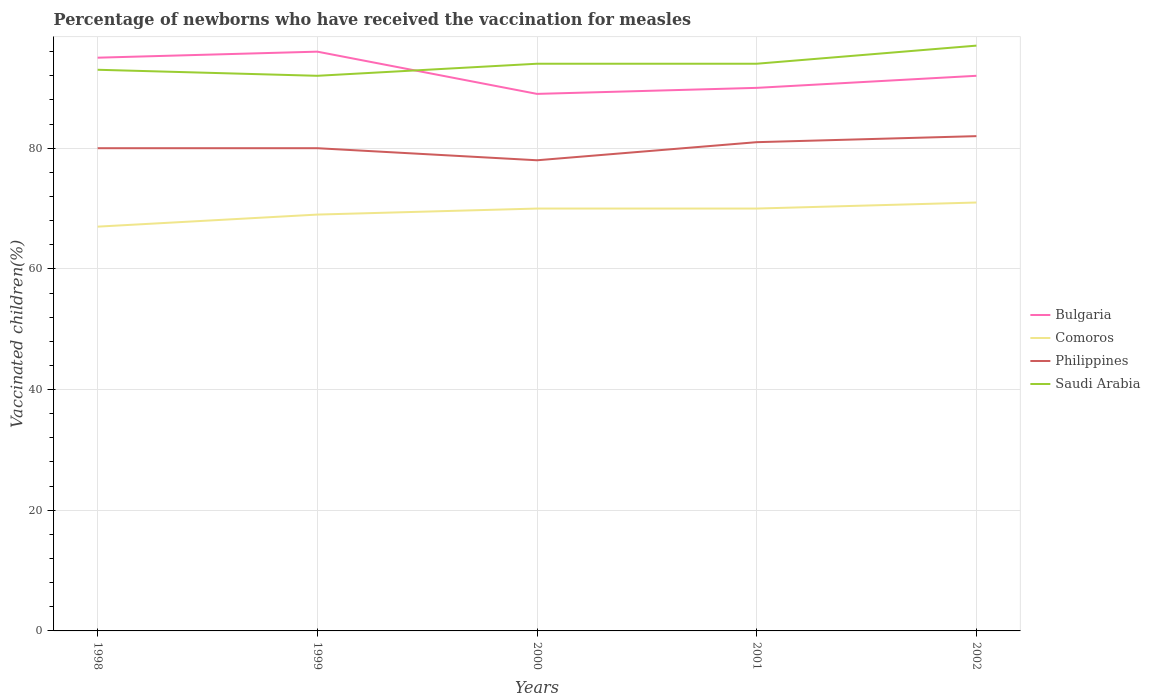
| Years | Bulgaria | Comoros | Philippines | Saudi Arabia |
 | --- | --- | --- | --- | --- |
 | 1998 | 95 | 67 | 80 | 93 |
 | 1999 | 96 | 69 | 80 | 92 |
 | 2000 | 89 | 70 | 78 | 94 |
 | 2001 | 90 | 70 | 81 | 94 |
 | 2002 | 92 | 71 | 82 | 97 |